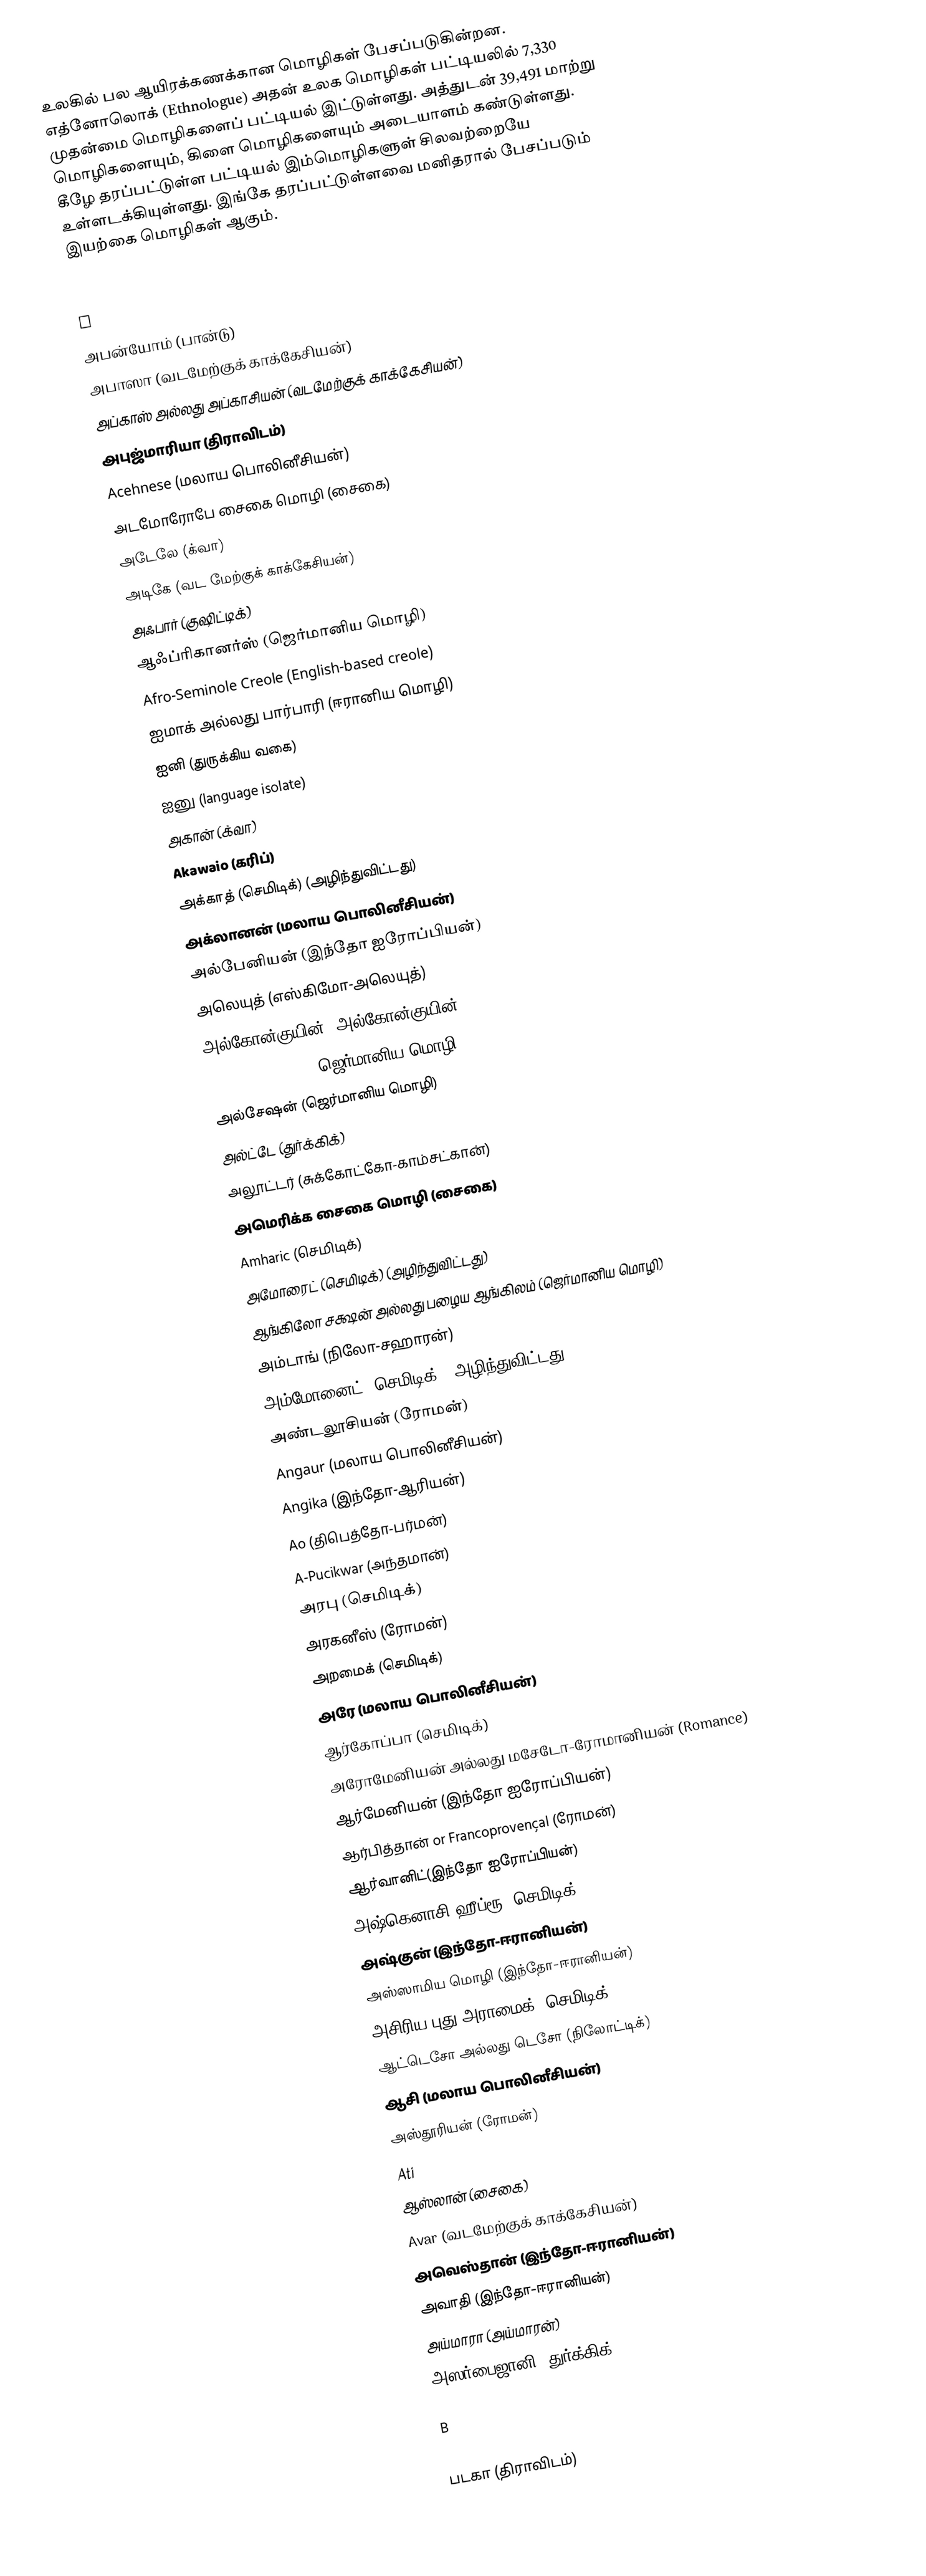
உலகில் பல ஆயிரக்கணக்கான மொழிகள் பேசப்படுகின்றன. எத்னோலொக் (Ethnologue) அதன் உலக மொழிகள் பட்டியலில் 7,330 முதன்மை மொழிகளைப் பட்டியல் இட்டுள்ளது. அத்துடன் 39,491 மாற்று மொழிகளையும், கிளை மொழிகளையும் அடையாளம் கண்டுள்ளது. கீழே தரப்பட்டுள்ள பட்டியல் இம்மொழிகளுள் சிலவற்றையே உள்ளடக்கியுள்ளது. இங்கே தரப்பட்டுள்ளவை மனிதரால் பேசப்படும் இயற்கை மொழிகள் ஆகும்.

A
 அபன்யோம் (பான்டு)
 அபாஸா (வடமேற்குக் காக்கேசியன்)
 அப்காஸ் அல்லது அப்காசியன் (வடமேற்குக் காக்கேசியன்)
 அபுஜ்மாரியா (திராவிடம்)
 Acehnese (மலாய பொலினீசியன்)
 அடமோரோபே சைகை மொழி (சைகை)
 அடேலே (க்வா)
 அடிகே (வட மேற்குக் காக்கேசியன்)
 அஃபார் (குஷிட்டிக்)
 ஆஃப்ரிகானர்ஸ் (ஜெர்மானிய மொழி)
 Afro-Seminole Creole (English-based creole)
 ஐமாக் அல்லது பார்பாரி (ஈரானிய மொழி)
 ஐனி (துருக்கிய வகை)
 ஐனு (language isolate)
 அகான் (க்வா)
 Akawaio (கரிப்)
 அக்காத் (செமிடிக்) (அழிந்துவிட்டது)
 அக்லானன் (மலாய பொலினீசியன்)
 அல்பேனியன் (இந்தோ ஐரோப்பியன்)
 அலெயுத் (எஸ்கிமோ-அலெயுத்)
 அல்கோன்குயின் (அல்கோன்குயின்)
 Alemán Coloneiro (ஜெர்மானிய மொழி)
 அல்சேஷன் (ஜெர்மானிய மொழி)
 அல்ட்டே (துர்க்கிக்)
 அலூட்டர் (சுக்கோட்கோ-காம்சட்கான்)
 அமெரிக்க சைகை மொழி (சைகை)
 Amharic (செமிடிக்)
 அமோரைட் (செமிடிக்) (அழிந்துவிட்டது)
 ஆங்கிலோ சக்ஷன் அல்லது பழைய ஆங்கிலம் (ஜெர்மானிய மொழி)
 அம்டாங் (நிலோ-சஹாரன்)
 அம்மோனைட் (செமிடிக்) (அழிந்துவிட்டது)
 அண்டலூசியன் (ரோமன்)
 Angaur (மலாய பொலினீசியன்)
 Angika (இந்தோ-ஆரியன்)
 Ao (திபெத்தோ-பர்மன்)
 A-Pucikwar (அந்தமான்)
 அரபு (செமிடிக்)
 அரகனீஸ் (ரோமன்)
 அறமைக் (செமிடிக்)
 அரே (மலாய பொலினீசியன்)
 ஆர்கோப்பா (செமிடிக்)
 அரோமேனியன் அல்லது மசேடோ-ரோமானியன் (Romance)
 ஆர்மேனியன் (இந்தோ ஐரோப்பியன்)
 ஆர்பித்தான் or Francoprovençal (ரோமன்)
 ஆர்வானிட்(இந்தோ ஐரோப்பியன்)
 அஷ்கெனாசி ஹீப்ரூ (செமிடிக்)
 அஷ்குன் (இந்தோ-ஈரானியன்)
 அஸ்ஸாமிய மொழி (இந்தோ-ஈரானியன்)
 அசிரிய புது-அராமைக் (செமிடிக்)
 ஆட்டெசோ அல்லது டெசோ (நிலோட்டிக்)
 ஆசி (மலாய பொலினீசியன்)
 அஸ்தூரியன் (ரோமன்)
 Ati
 ஆஸ்லான் (சைகை)
 Avar (வடமேற்குக் காக்கேசியன்)
 அவெஸ்தான் (இந்தோ-ஈரானியன்)
 அவாதி (இந்தோ-ஈரானியன்)
 அய்மாரா (அய்மாரன்)
 அஸர்பைஜானி (துர்க்கிக்)

B

 படகா (திராவிடம்)